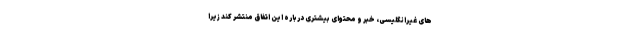
های غیرانگلیسی، خبر و محتوای بیشتری درباره این اتفاق منتشر کند زیرا